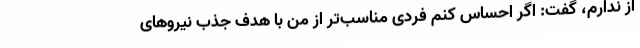
از ندارم، گفت: اگر احساس کنم فردی مناسب‌تر از من با هدف جذب نیروهای